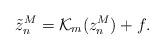
LaTeX: \begin{align*} \tilde{z}_n^M = {\mathcal{K}}_m ( {z}_n^M) + f.\end{align*}